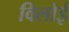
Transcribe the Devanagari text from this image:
विलोई